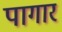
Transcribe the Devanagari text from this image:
पागार